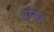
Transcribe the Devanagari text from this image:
ढोंग।